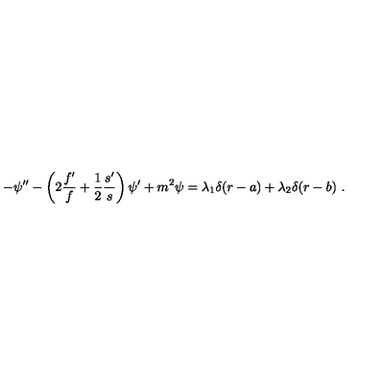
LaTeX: - \psi ^ { \prime \prime } - \left( 2 \frac { f ^ { \prime } } { f } + \frac { 1 } { 2 } \frac { s ^ { \prime } } { s } \right) \psi ^ { \prime } + m ^ { 2 } \psi = \lambda _ { 1 } \delta ( r - a ) + \lambda _ { 2 } \delta ( r - b ) \ .